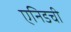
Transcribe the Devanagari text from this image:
एनिडची